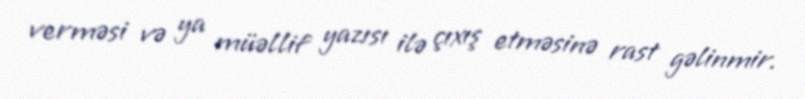
verməsi və ya müəllif yazısı ilə çıxış etməsinə rast gəlinmir.